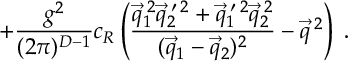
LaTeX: + \frac { g ^ { 2 } } { ( 2 \pi ) ^ { D - 1 } } c _ { { \cal R } } \left( \frac { \vec { q } _ { 1 } ^ { \: 2 } \vec { q } _ { 2 } ^ { \: \prime \: 2 } + \vec { q } _ { 1 } ^ { \: \prime \: 2 } \vec { q } _ { 2 } ^ { \: 2 } } { ( \vec { q } _ { 1 } - \vec { q } _ { 2 } ) ^ { 2 } } - \vec { q } ^ { \: 2 } \right) \; .